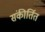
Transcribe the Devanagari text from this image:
संकीर्तित